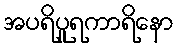
အပရိပူရကာရိနော